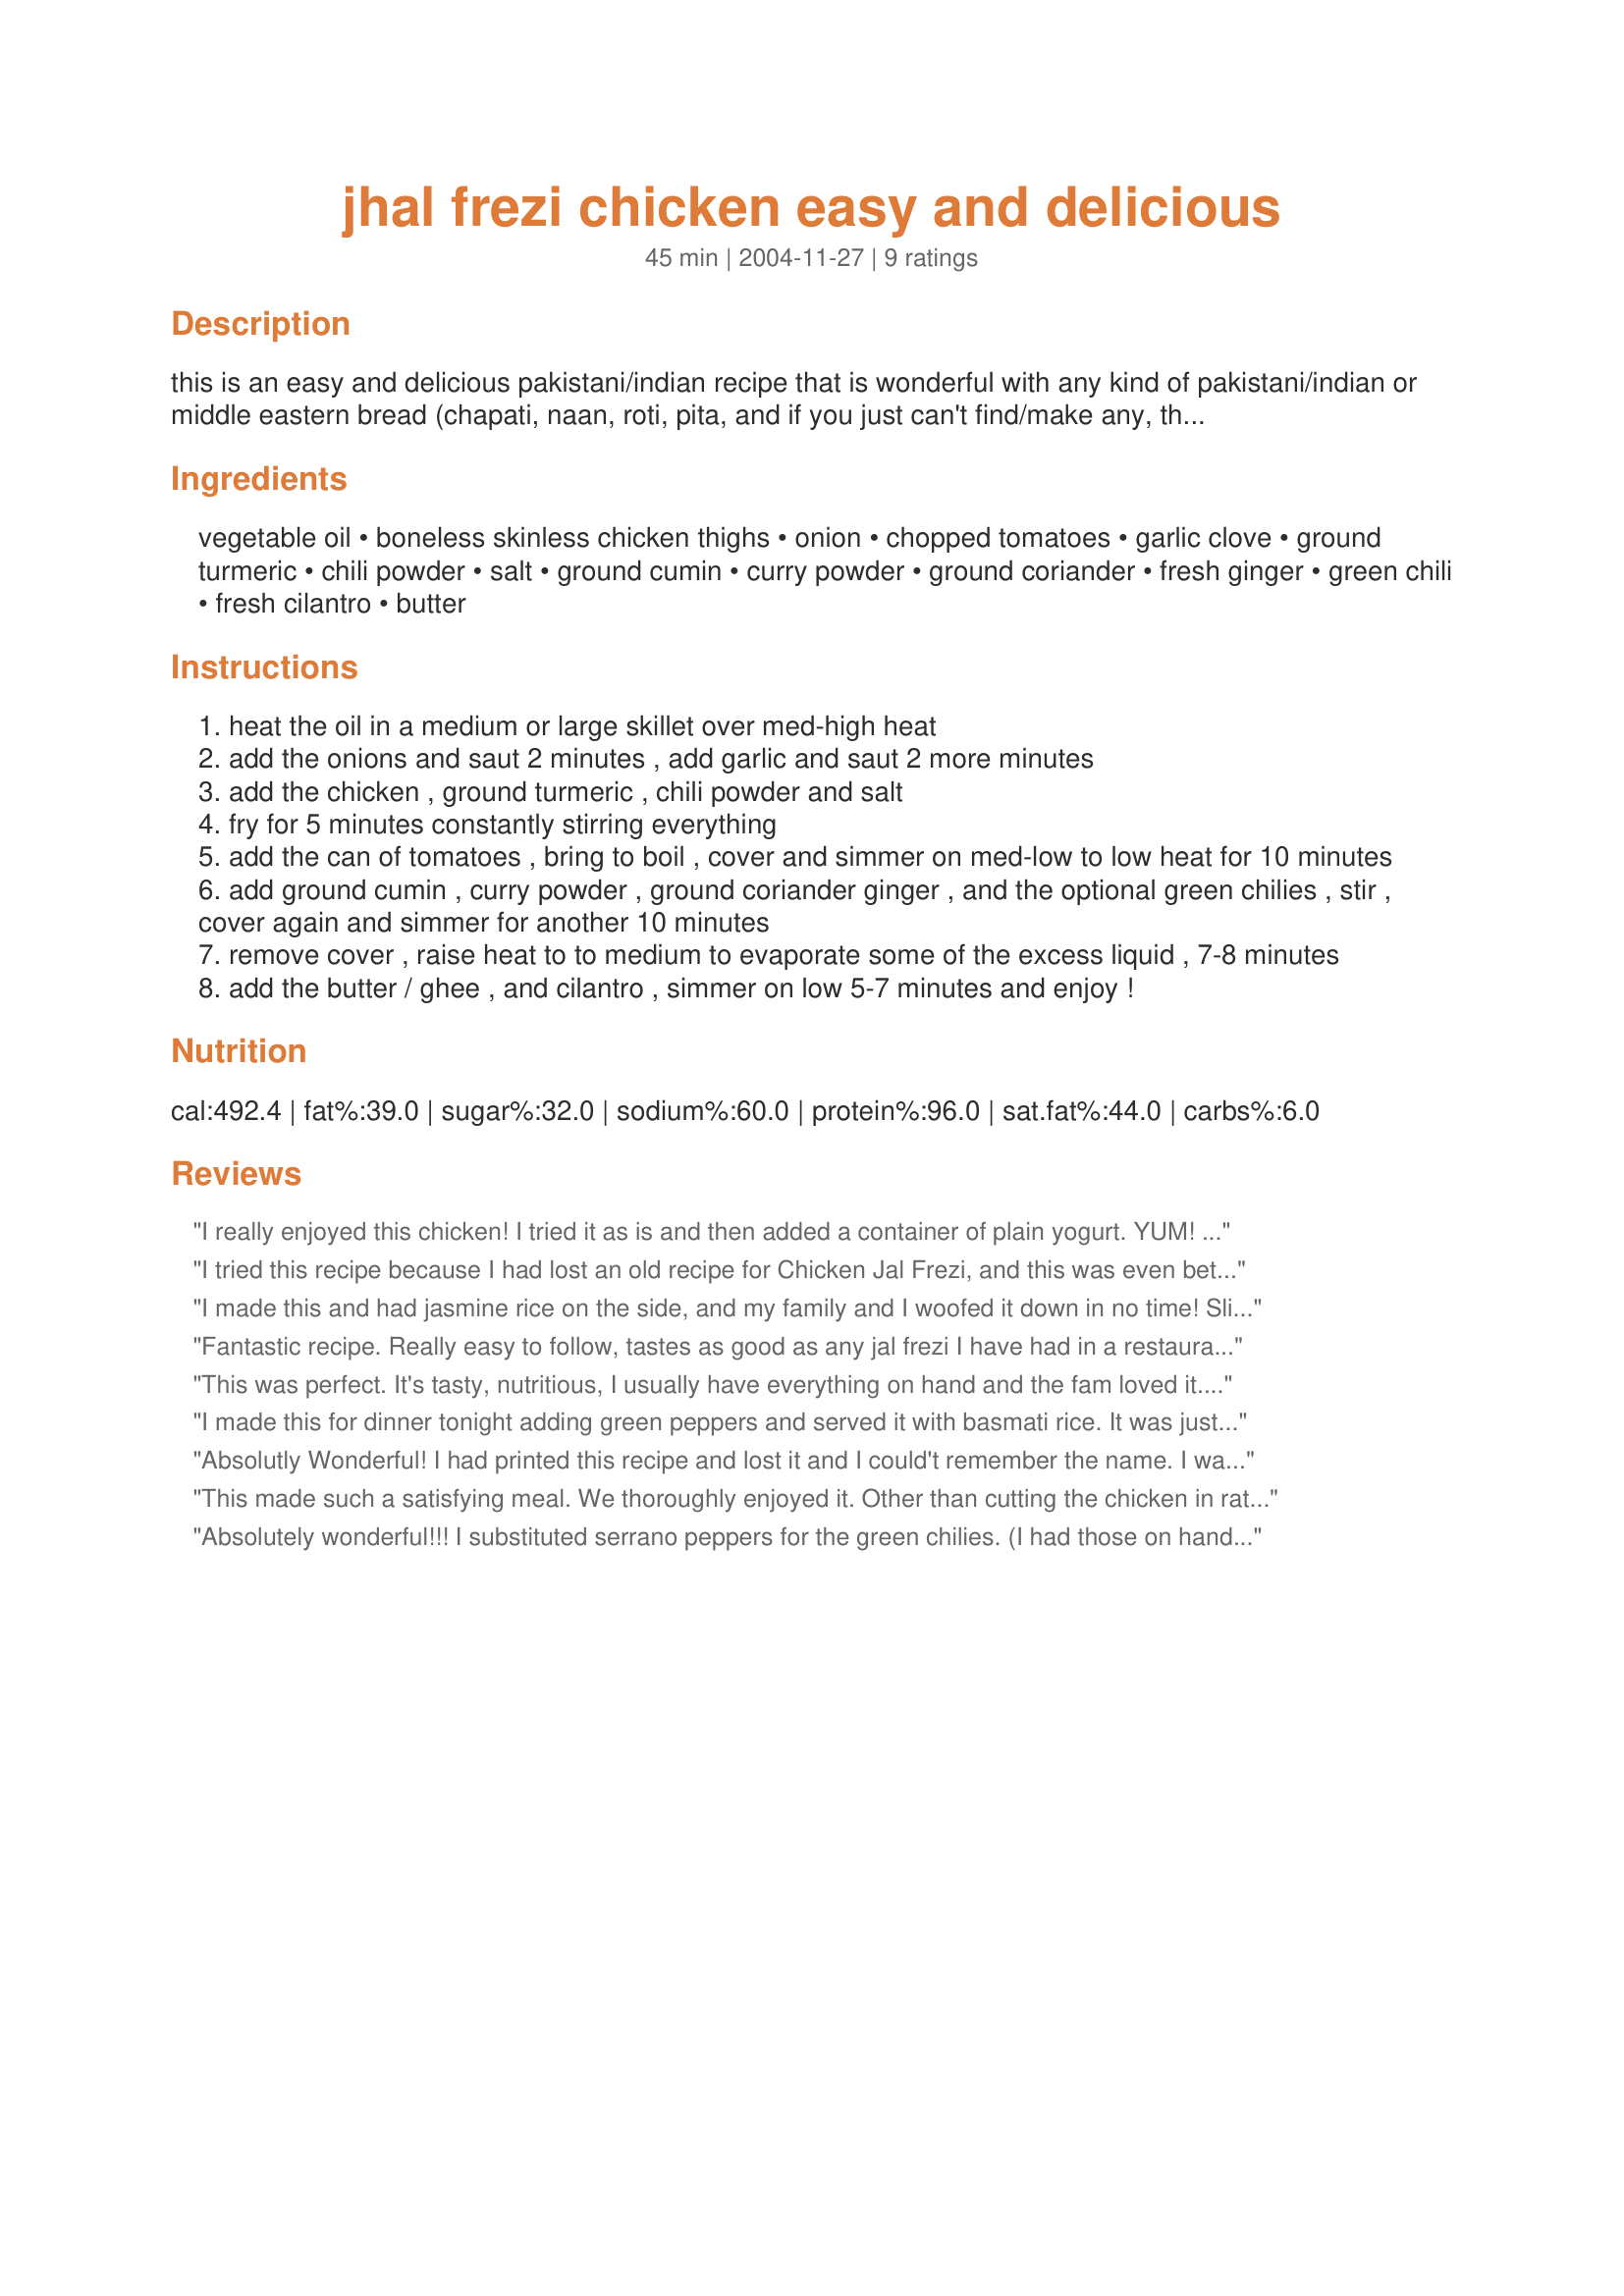
jhal frezi chicken easy and delicious
Preparation time: 45 minutes

this is an easy and delicious pakistani/indian recipe that is wonderful with any kind of pakistani/indian or middle eastern bread (chapati, naan, roti, pita, and if you just can't find/make any, then even soft tortillas) or basmati rice. "jhal frezi" means "dry fry" so there is not a lot of sauce when this is finished. you can find most spices in the spice section at your grocery store but you can get more for the same prices at an indian/middle eastern market.

Ingredients:
vegetable oil, boneless skinless chicken thighs, onion, chopped tomatoes, garlic clove, ground turmeric, chili powder, salt, ground cumin, curry powder, ground coriander, fresh ginger, green chili, fresh cilantro, butter

Steps:
heat the oil in a medium or large skillet over med-high heat
add the onions and saut 2 minutes , add garlic and saut 2 more minutes
add the chicken , ground turmeric , chili powder and salt
fry for 5 minutes constantly stirring everything
add the can of tomatoes , bring to boil , cover and simmer on med-low to low heat for 10 minutes
add ground cumin , curry powder , ground coriander ginger , and the optional green chilies , stir , cover again and simmer for another 10 minutes
remove cover , raise heat to to medium to evaporate some of the excess liquid , 7-8 minutes
add the butter / ghee , and cilantro , simmer on low 5-7 minutes and enjoy !

Reviews:
I really enjoyed this chicken! I tried it as is and then added a container of plain yogurt. YUM! Thanks...this is a do over recipe:)
I tried this recipe because I had lost an old recipe for Chicken Jal Frezi, and this was even better than the one I used to have!
Very yummy
I made this and had jasmine rice on the side, and my family and I woofed it down in no time! Slightly hot and spicy, it was just right for us! I served with some naan. I vouch for this one... It's good!
Fantastic recipe. Really easy to follow, tastes as good as any jal frezi I have had in a restaurant and much healthier. I amended the recipe slightly, using about half the amount of oil and butter, replacing the chicken thighs with breast and adding some big chunks of green pepper, something no curry should be without. I served it with easy pilau rice (recipe 111957), cucumber raita made to Madhur Jaffrey's recipe and naan. I think I will make it again this weekend but this time I will try it with lamb.
This was perfect. It's tasty, nutritious, I usually have everything on hand and the fam loved it. It is going into high rotation.
I made this for dinner tonight adding green peppers and served it with basmati rice. It was just okay...I think a little too much coriander powder. I'll make it again, but will adjust the spices according to my taste.
Absolutly Wonderful! I had printed this recipe and lost it and I could't remember the name. I was heartbroken. After searching several possible Indian/Pakistani combination recipes I'm so happy I've found it. I'm making it again tonight.
This made such a satisfying meal. We thoroughly enjoyed it. Other than cutting the chicken in rather small pieces, and stopping cooking a bit before it was very dry, I followed the recipe's ingredients, amounts and directions. It was very quick and easy. Will make again soon. Thank you very much for sharing this recipe with us.
Absolutely wonderful!!!
I substituted serrano peppers for the green chilies. (I had those on hand.) I will definitely make this again.
Thanks :D
